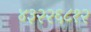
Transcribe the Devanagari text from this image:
४३२२६८१२